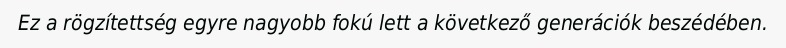
Ez a rögzítettség egyre nagyobb fokú lett a következő generációk beszédében.